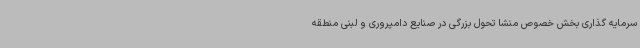
سرمایه گذاری بخش خصوص منشا تحول بزرگی در صنایع دامپروری و لبنی منطقه